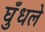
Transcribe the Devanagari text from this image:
घुँधले